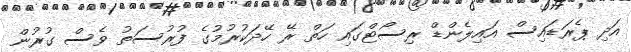
އަދި ޕެރަޑައިސް އައިލެންޑް ރިސޯޓްގައި ހަތް ރޭ ހޭދަކުރުމުގެ ފުރުސަތު ވެސް ގުރުން